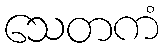
သေတကံ